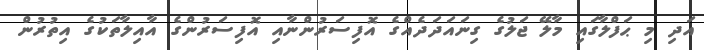
އަދި މި ޙަފްލާގައި މާލޭ ޖަލުގެ ގިނައަދަދެއްގެ އޮފިސަރުންނާއި އޮފިސަރުންގެ އާއިލާތަކުގެ އިތުރުން